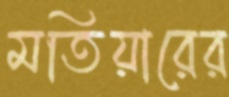
মতিয়ারের